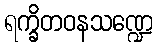
ရက္ခိတဝနသဏ္ဍေ